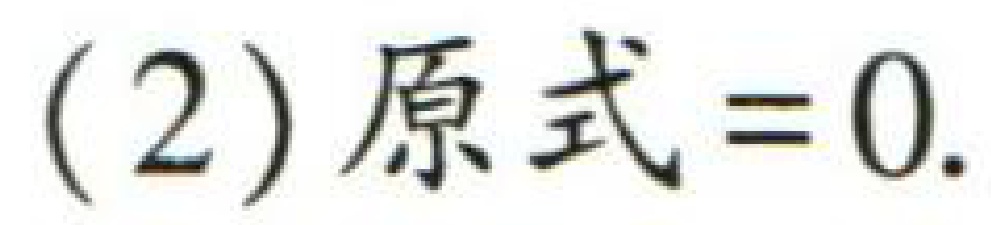
(2) 原式$=0$.